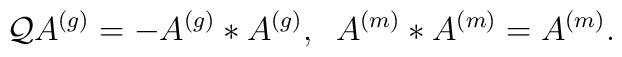
\mathcal{Q}A^{\left( g\right) }=-A^{\left( g\right) }\ast A^{\left( g\right)},\;\;A^{\left( m\right) }\ast A^{\left( m\right) }=A^{\left( m\right) }.